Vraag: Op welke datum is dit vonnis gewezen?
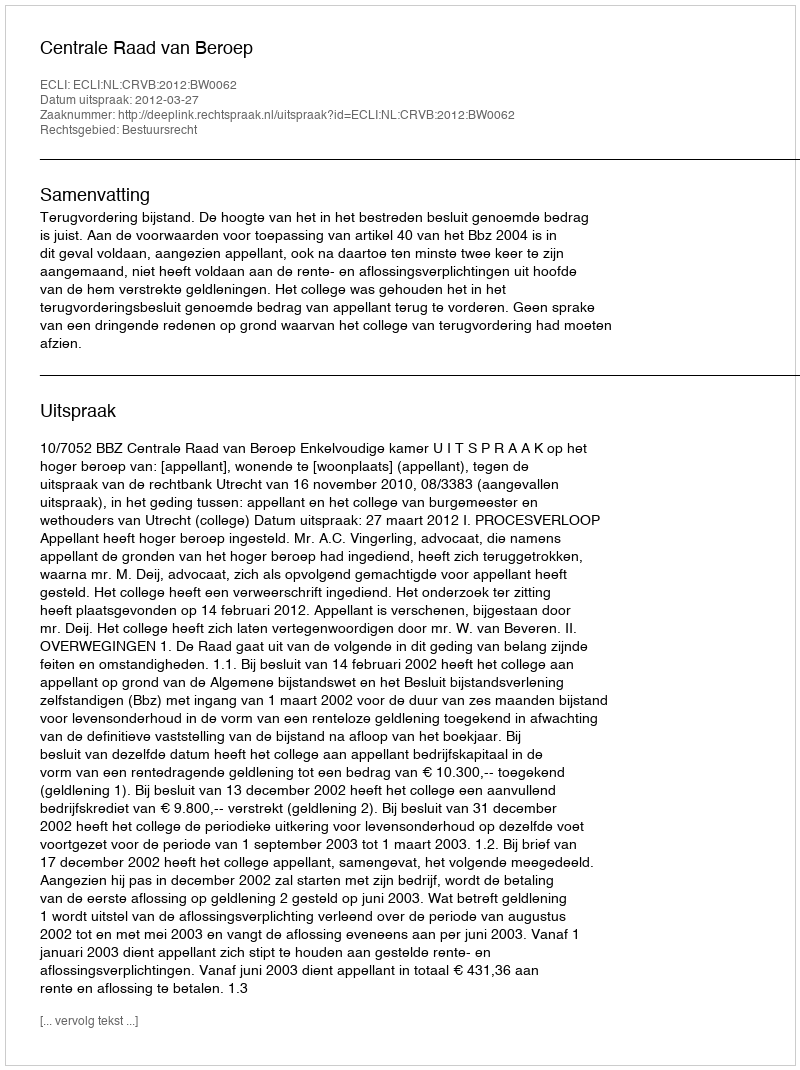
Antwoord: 2012-03-27